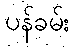
ပန်ခမ်း